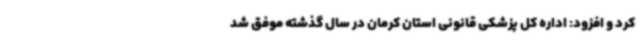
کرد و افزود: اداره کل پزشکی قانونی استان کرمان در سال گذشته موفق شد